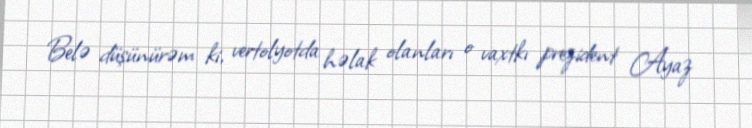
Belə düşünürəm ki, vertolyotda həlak olanları o vaxtkı prezident Ayaz